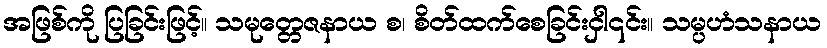
အဖြစ်ကို ပြခြင်းဖြင့်။ သမုတ္တေဇနာယ စ၊ စိတ်ထက်စေခြင်းငှါ၎င်း။ သမ္ပဟံသနာယ